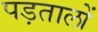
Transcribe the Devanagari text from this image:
पड़तालों